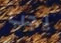
يجب